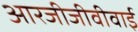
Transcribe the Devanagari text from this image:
आरजीजीवीवाई